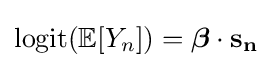
\operatorname {logit} (\mathbb {E} [Y_{n}])={\boldsymbol {\beta }}\cdot \mathbf {s_{n}}